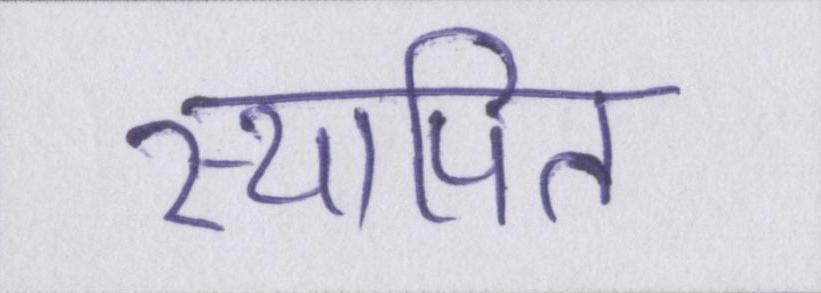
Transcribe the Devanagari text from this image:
स्थापित